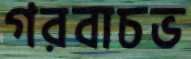
গরবাচভ